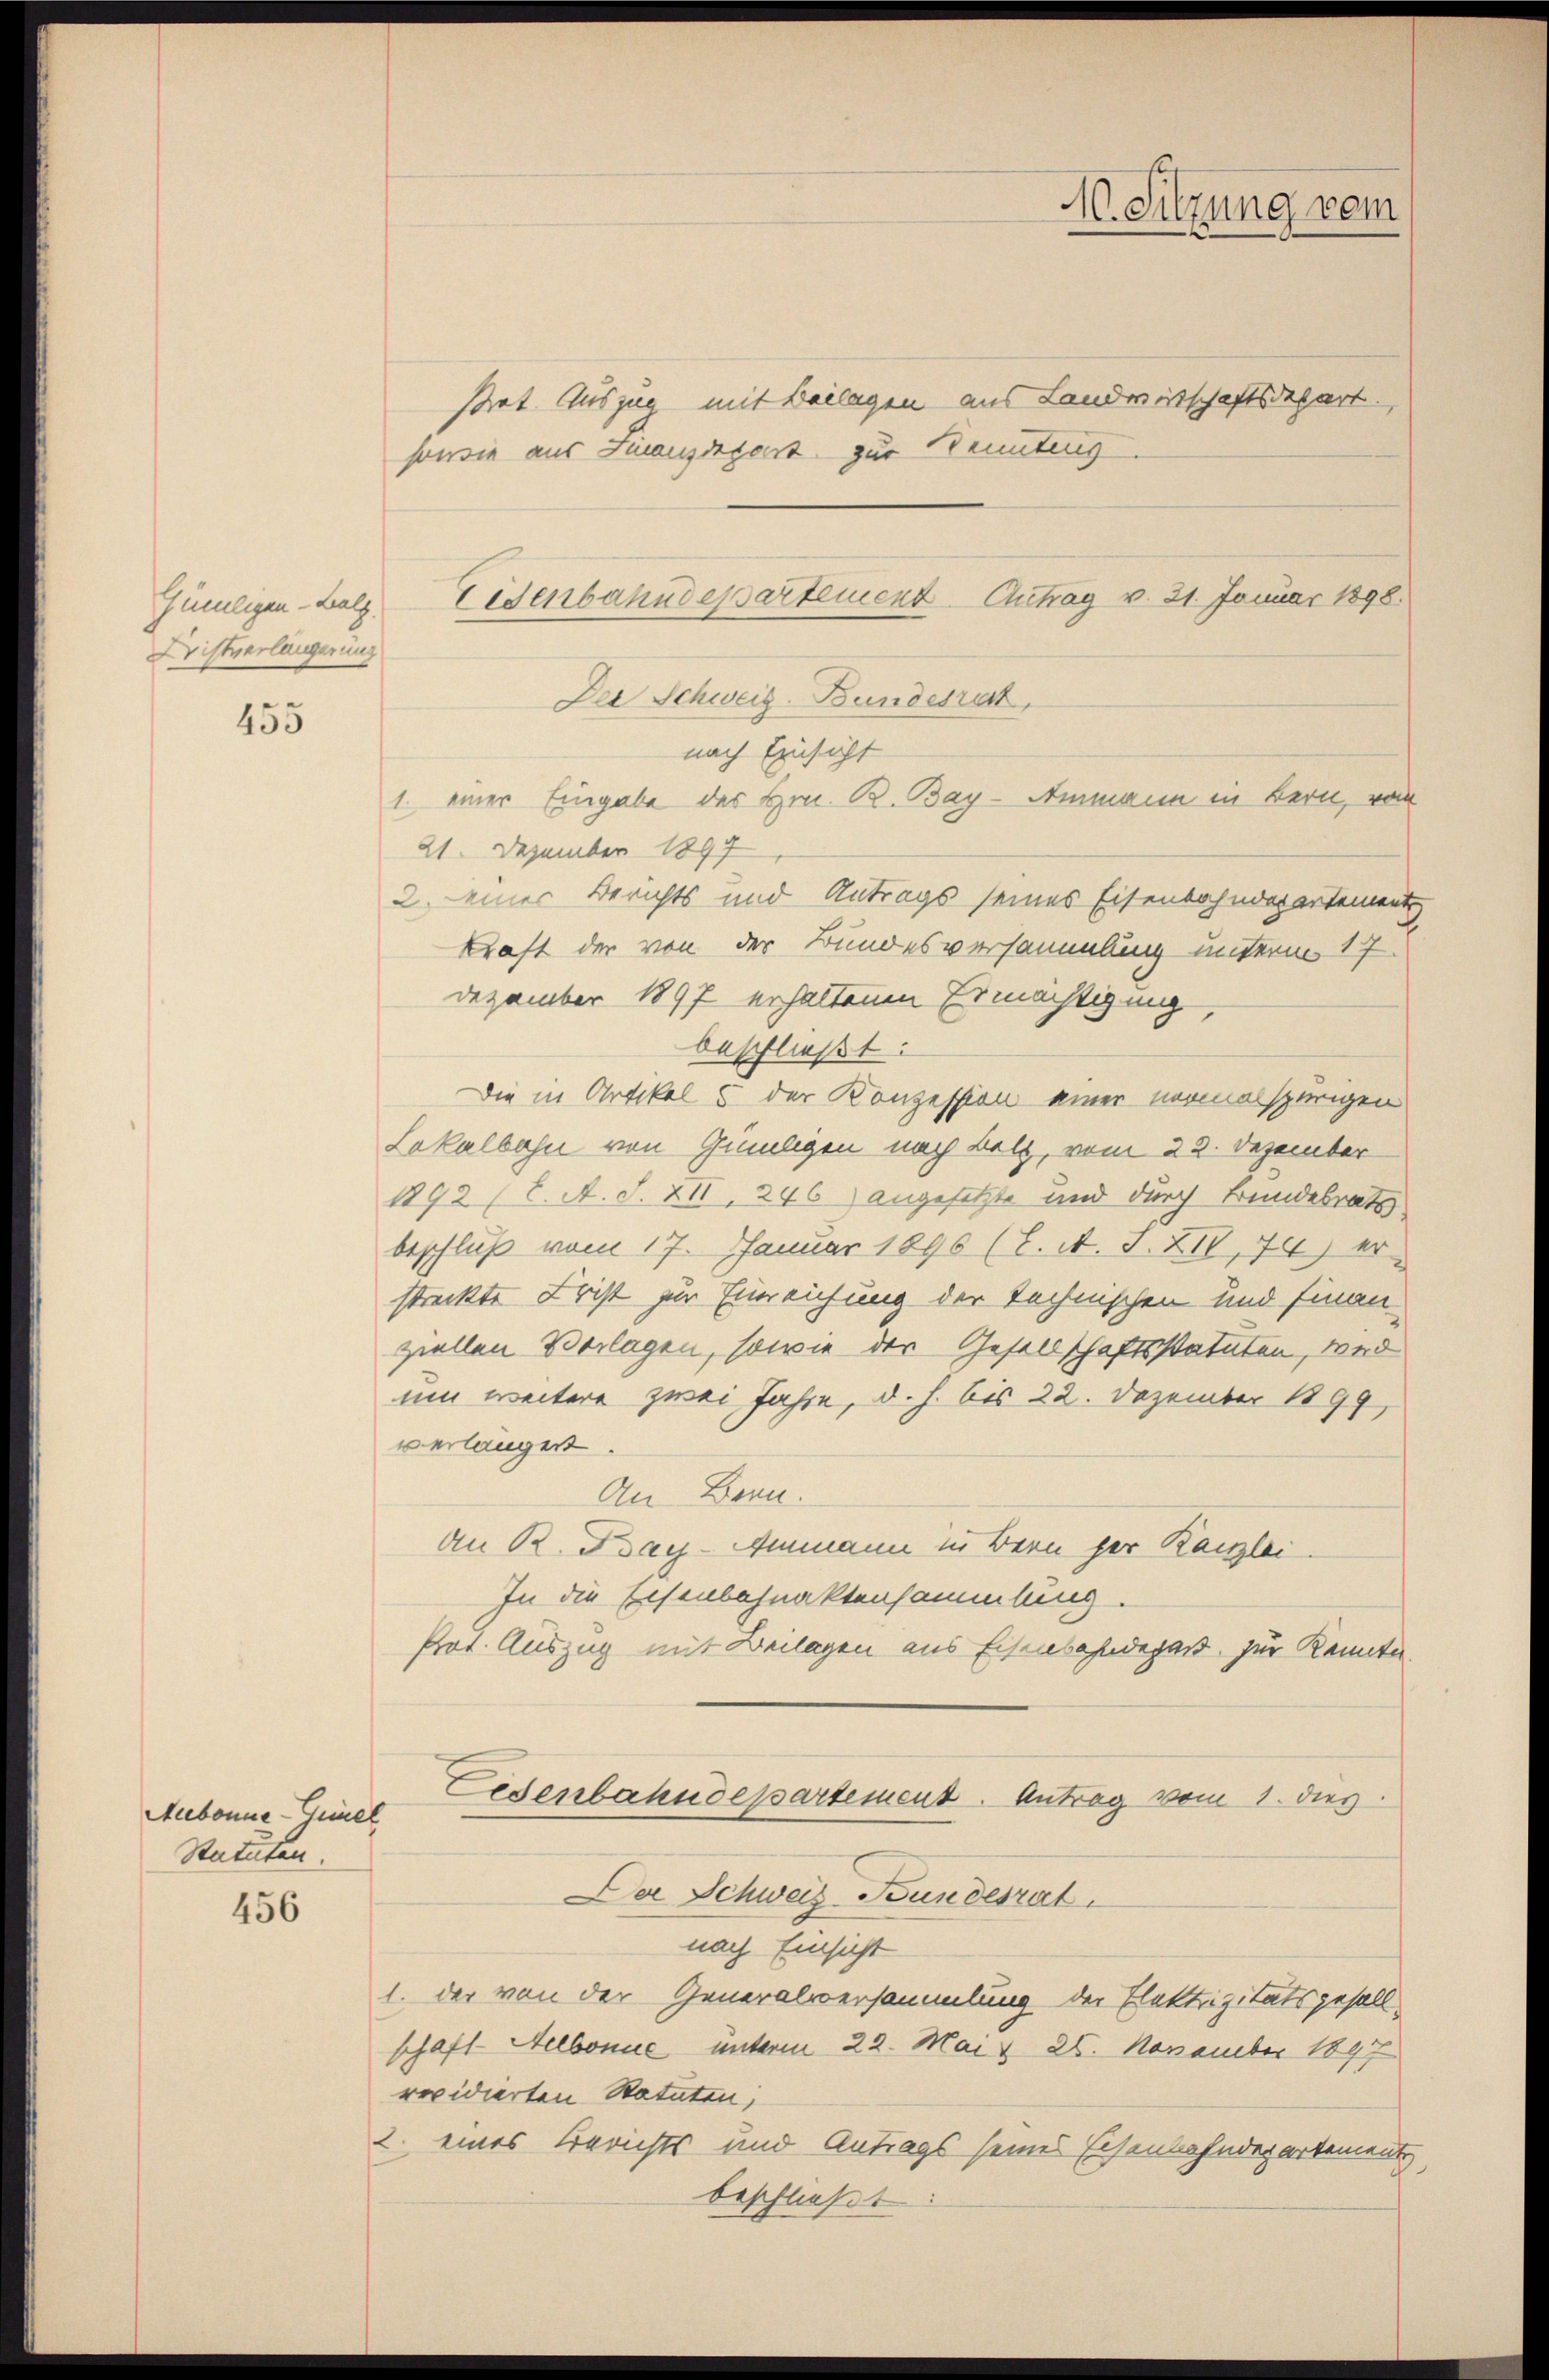
Günligen - Lalz.
Drichtverlängerung

455

Meebonne-Gimel
Statuten.

456

strat Auszug mit Beilagen aus Landwirtschaftsdepart,
sowie aus Finanzigert zur Benuteng
21. Dezember 1897
2. einer Berichts und Antrags seines Eisenbahndepartement
kraft der von der Bundesversammlung unterm 17
Dezember 1897 erhaltenen Ermächtigung
beschließt:
Die in Artikel 5 der Konzession einer normalspurigen
Lokalbahn von Gelegen nach Bolz, vom 22. Dezember
1892 (2. A. S. XII, 246) angesetzte und durch Bundesrats
beschluß vom 17. Januar 1896 (C. A. S. XIV, 74) er
streckte Frist zur Einreichung der technischen und Finan
ziellen Vorlagen, sowie der Gesellschaftsstatuten, werd
um weitere zwei Jahre, d. h. bis 22. Dezember 1899,
verlängert
An Bern.
an B. Bay-Ammann in Bern her Kanzlei
In die Eisenbahnaktensammlung.
Prot. Auszug mit Beilagen aus Eisenbahndepart zur Kenntn
Lesenbahndepartement. Antrag vom 1. dies
Da Schweiz-Bundesrat
nach Einsicht
1. der von der Generalversammlung der Elektrizitätsgesell
schaft Helbonne unterm 22. Mai v. 26. November 1897
revidierten Statuten,
2. eines Berichts und Antrags seines Eisenbahndepartement
beschließt:

Eisenbahndepartement Antrag v. 21. Januar 1898.
Der Schweiz. Bundesrat
nach Einsicht
1. einer Eingabe des Hrn. B. Bay-Ammann in Bern, von

M. Sitzung vom